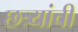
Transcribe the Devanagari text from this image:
छत्र्यांची